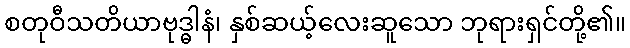
စတုဝီသတိယာဗုဒ္ဓါနံ၊ နှစ်ဆယ့်လေးဆူသော ဘုရားရှင်တို့၏။